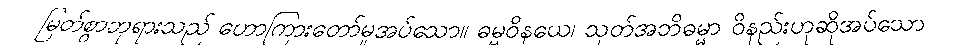
မြတ်စွာဘုရားသည် ဟောကြားတော်မူအပ်သော။ ဓမ္မဝိနယေ၊ သုတ်အဘိဓမ္မာ ဝိနည်းဟုဆိုအပ်သော